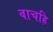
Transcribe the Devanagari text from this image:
वाचहि